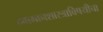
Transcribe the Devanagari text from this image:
हवामानशास्त्राविषयीचा